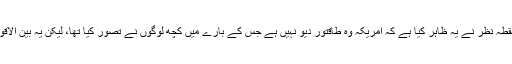
اگرچہ کوویڈ-19 کے بارے میں ٹرمپ انتظامیہ کے نقطہ نظر نے یہ ظاہر کیا ہے کہ امریکہ وہ طاقتور دیو نہیں ہے جس کے بارے میں کچھ لوگوں نے تصور کیا تھا، لیکن یہ بین الاقوامی سطح پر موجودہ رجحانات کو تبدیل نہیں کرے گا۔